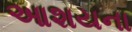
આશયના